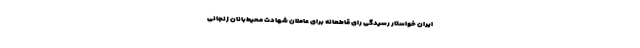
ایران خواستار رسیدگی رای قاطعانه برای عاملان شهادت محیط‌بانان زنجانی